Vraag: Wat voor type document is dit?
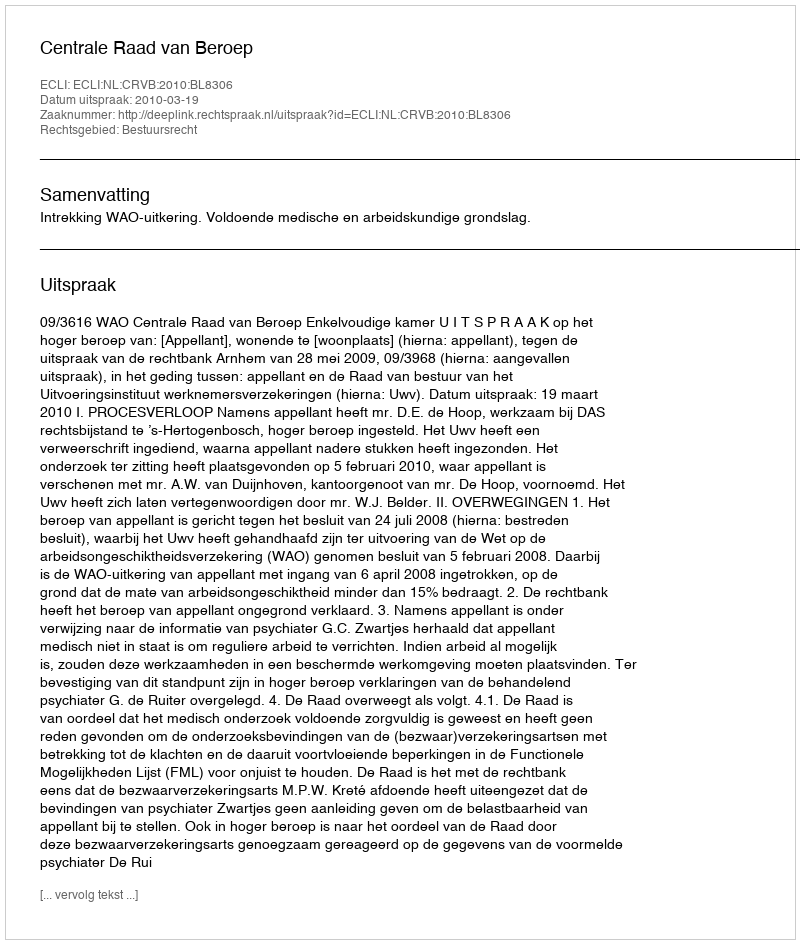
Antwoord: Uitspraak